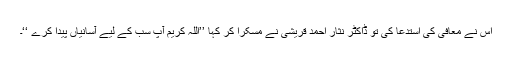
اس نے معافی کی استدعا کی تو ڈاکٹر نثار احمد قریشی نے مسکرا کر کہا ’’اللہ کریم آپ سب کے لیے آسانیاں پیدا کرے ‘‘۔